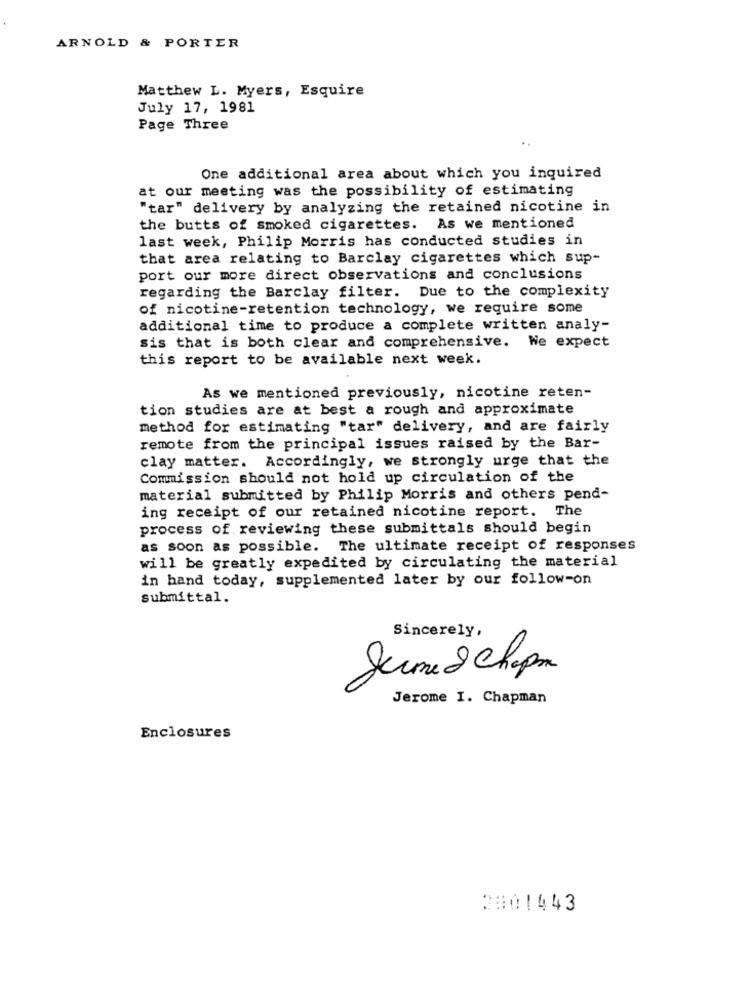
ARNOLD & PORTER
Matthew L. Myers, Esquire
July 17, 1981
Page Three
One additional area about which you inquired
at our meeting was the possibility of estimating
"tar" delivery by analyzing the retained nicotine in
the butts of smoked cigarettes. As we mentioned
last week, Philip Morris has conducted studies in
that area relating to Barclay cigarettes which sup-
port our more direct observations and conclusions
regarding the Barclay filter. Due to the complexity
of nicotine-retention technology, we require some
additional time to produce a complete written analy-
sis that is both clear and comprehensive. We expect
this report to be available next week.
As we mentioned previously, nicotine reten-
tion studies are at best a rough and approximate
method for estimating "tar" delivery, and are fairly
remote from the principal issues raised by the Bar-
clay matter. Accordingly, we strongly urge that the
Commission should not hold up circulation of the
material submitted by Philip Morris and others pend-
ing receipt of our retained nicotine report. The
process of reviewing these submittals should begin
as soon as possible. The ultimate receipt of responses
will be greatly expedited by circulating the material
in hand today, supplemented later by our follow-on
submittal.
Sincerely,
June 8 chepm
Jerome I. Chapman
Enclosures
2801443